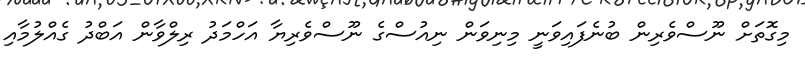
މިގޮތަށް ނޫސްވެރިން ބުނެފައިވަނީ މިނިވަން ނިއުސްގެ ނޫސްވެރިޔާ އަހްމަދު ރިލްވާން އަބްދު ގެއްލުމާއި